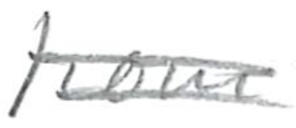
Text: from
Cross-out: mix
Writing tool: pencil